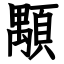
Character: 顒